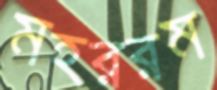
মহররম